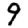
Digit: 9